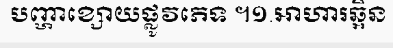
បញ្ហាខ្សោយផ្លូវភេទ ។១.អាហារឆ្អិន